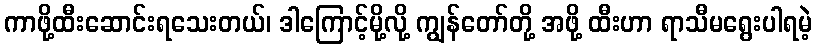
ကာဖို့ထီးဆောင်းရသေးတယ်၊ ဒါကြောင့်မို့လို့ ကျွန်တော်တို့ အဖို့ ထီးဟာ ရာသီမရွေးပါရမဲ့